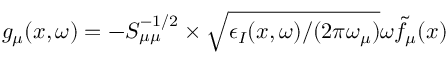
g _ { \mu } ( x , \omega ) = - S _ { \mu \mu } ^ { - 1 / 2 } \times \sqrt { \epsilon _ { I } ( x , \omega ) / ( 2 \pi \omega _ { \mu } ) } \omega \tilde { f } _ { \mu } ( x )